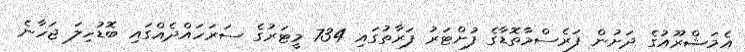
އެމަޝްރޫއުގެ ދަށުން ފަރެސްމާތޮޑާގެ ފުށްޓަރު ފަރާތުގައި 734 މީޓަރުގެ ސަރަހައްދެއްގައި ބޮޑުހިލަ ޖަހާނެ